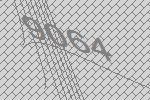
9064